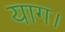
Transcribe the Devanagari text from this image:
याग।